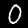
Label: 0